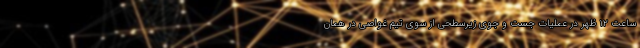
ساعت ۱۲ ظهر در عملیات جست و جوی زیرسطحی از سوی تیم غواصی در همان